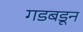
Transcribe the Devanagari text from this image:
गडबडून